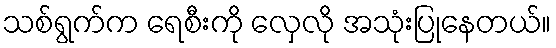
သစ်ရွက်က ရေစီးကို လှေလို အသုံးပြုနေတယ်။